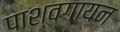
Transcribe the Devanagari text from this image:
पाश्वगायन